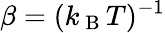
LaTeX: \beta=(k_{\mathrm{~B~}}T)^{-1}